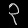
Digit: ၃